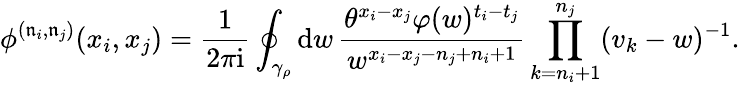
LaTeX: \phi^{(\mathfrak{n}_{i},\mathfrak{n}_{j})}(x_{i},x_{j})=\frac{1}{2\pi\mathrm{i}}\oint_{\gamma_{\rho}}\mathrm{d}w\, \frac{\theta^{x_{i}-x_{j}}\varphi(w)^{t_{i}-t_{j}}}{w^{x_{i}-x_{j}-n_{j}+n_{i}+1}}\prod_{k=n_{i}+1}^{n_{j}}(v_{k}-w)^{-1}.